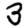
Digit: 3